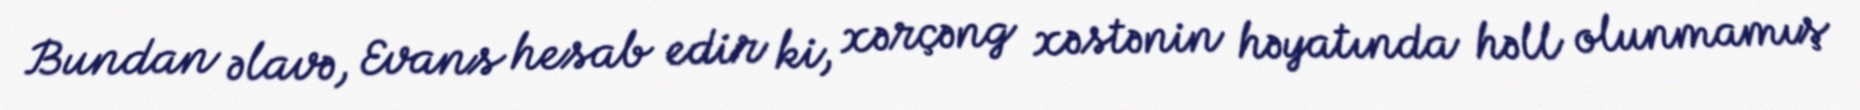
Bundan əlavə, Evans hesab edir ki, xərçəng xəstənin həyatında həll olunmamış